Leaving Certificate Examination, 1909
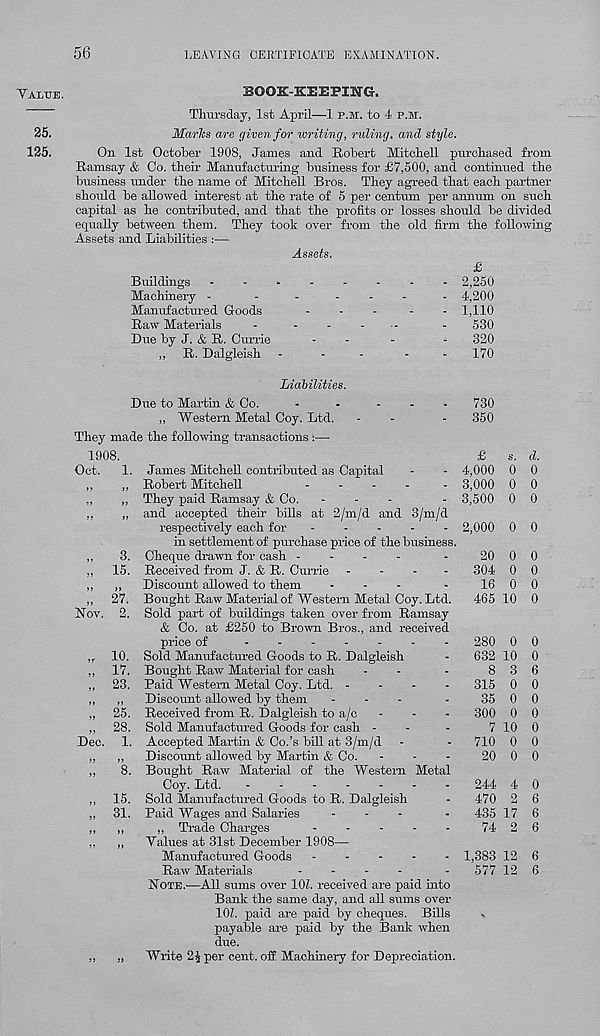
56
LEAVING CERTIFICATE EXAMINATION.
Value.
BOOK-KEEPING.
25.
125.
Thursday, 1st April—1 p.m. to 4 p.m.
Maries are given for writing, ruling, and style.
On 1st October 1908, James and Robert Mitchell purchased from
Ramsay & Oo. their Manufacturing business for £7,500, and continued the
business under the name of Mitchell Bros. They agreed that each partner
should be allowed interest at the rate of 5 per centum per annum on such
capital as he contributed, and that the profits or losses should be divided
equally between them. They took over from the old firm the following
Assets and Liabilities :—
Assets.
£
Buildings
Machinery -
Manufactured Goods
Raw Materials
Due by J. & R. Currie
„ R. Dalgleish
Liabilities.
Due to Martin & Co.
,, Western Metal Coy. Ltd.
They made the following transactions :—
1908.
Oct. 1.
„
3.
„ 15.
” 27.
Nov. 2.
10.
17.
23.
Dec.
25.
28.
1.
if
1)
8.
15.
31.
J5 )>
James Mitchell contributed as Capital
Robert Mitchell
-
-
-
-
They paid Ramsay & Co. -
-
-
and accepted their bills at 2/m/d and 3/m/d
respectively each for -----
in settlement of purchase price of the business.
Cheque drawn for cash -
-
-
-
Received from J. & R. Cturie -
-
-
-
Discount allowed to them
-
-
-
Bought Raw Material of Western Metal Coy. Ltd.
Sold part of buildings taken over from Ramsay
& Co. at £250 to Brown Bros., and received
price of
Sold Manufactured Goods to R. Dalgleish
Bought Raw Material for cash
Paid Western Metal Coy. Ltd. -
-
-
-
Discount allowed by them -
-
-
Received from R. Dalgleish to a/c
Sold Manufactured Goods for cash -
Accepted Martin & Co.’s bill at 3/m/d
Discount allowed by Martin & Co.
Bought Raw Material of the Western Metal
Coy. Ltd.
-------
Sold Manufactured Goods to R. Dalgleish
Paid Wages and Salaries
-
-
-
„ Trade Charges
-
-
-
-
-
Values at 31st December 1908—
Manufactured Goods .
-
-
-
-
Raw Materials
....
Note.—All sums over 10Z. received are paid into
Bank the same day, and all sums over
101. paid are paid by cheques. Bills
payable are paid by the Bank when
due.
Write 2J per cent, off Machinery for Depreciation.
2,250
4,200
1,110
530
320
170
730
350
£ s. d.
4,000 0 0
3,000 0 0
3,500 0 0
2,000 0 0
20 0 0
304 0 0
16 0 0
465 10 0
280 0 0
632 10 0
8 3 6
315 0 0
35 0 0
300 0 0
7 10 0
710 0 0
20 0 0
244 4 0
470 2 6
435 17 6
74 2 6
1,383 12 6
577 12 6